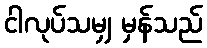
ငါလုပ်သမျှ မှန်သည်